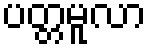
ပတ္တမူလာ